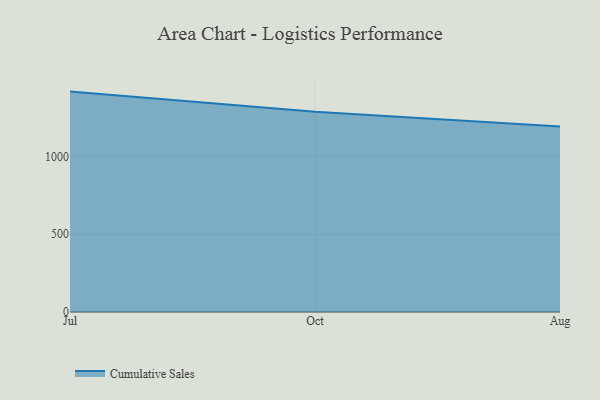
{"axis": {"x": "Month", "y": "Satisfaction Score"}, "legend": ["Cumulative Sales"], "data": [{"x": "Jul", "y": 1415.6, "type": "Cumulative Sales"}, {"x": "Oct", "y": 1285.9, "type": "Cumulative Sales"}, {"x": "Aug", "y": 1191.3, "type": "Cumulative Sales"}]}